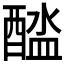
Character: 𨡬